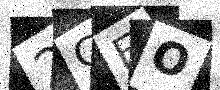
Text: 2GEO